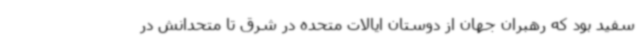
سفید بود که رهبران جهان از دوستان ایالات متحده در شرق تا متحدانش در